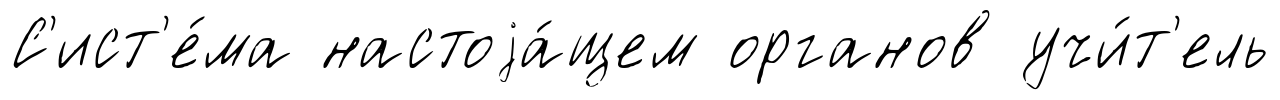
С'ист'е́ма настоjа́щем органов учи́т'ель